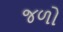
જળો